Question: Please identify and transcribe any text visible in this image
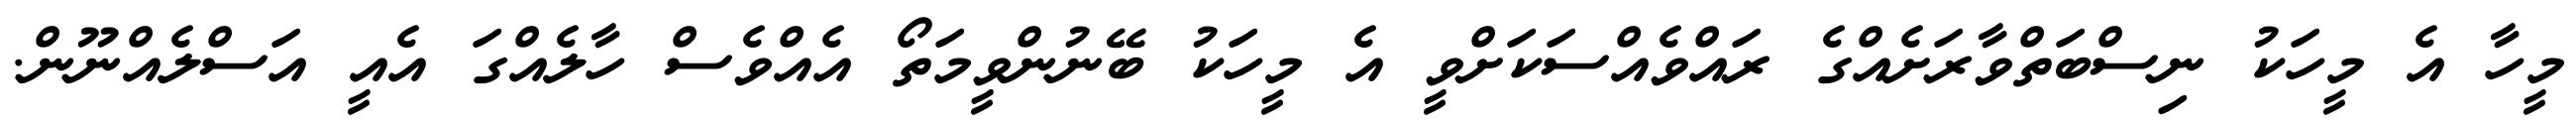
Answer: މީހާ އެ މީހަކު ނިސްބަތްވާރަށެއްގެ ރައްވެއްސަކަށްވީ އެ މީހަކު ބޭނުންވީމަތޯ އެއްވެސް ހާލެއްގަ އެއީ އަސްލެއްނޫން.